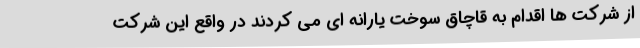
از شرکت ها اقدام به قاچاق سوخت یارانه ای می کردند در واقع این شرکت